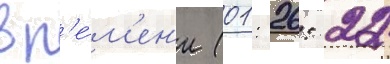
вр'е́м'ен'и (01: 26: 22